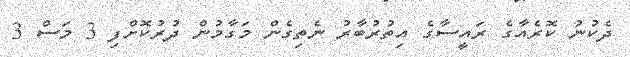
ދެކުނު ކޮރެއާގެ ރައީސާގެ އިތުރުބާރު ނެތިގެން މަގާމުން ދުރުކޮށްފި 3 މަސް 3